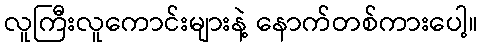
လူကြီးလူကောင်းများနဲ့ နောက်တစ်ကားပေါ့။